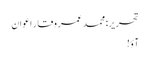
تحریر: محمد عمر وقار اعوان
آؤ!